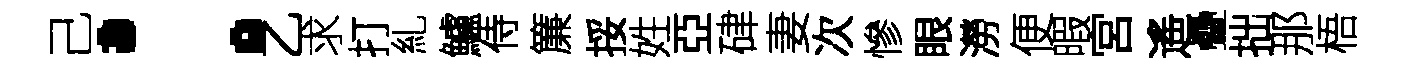
己：乙求打糺鱸侍簾挼姓亞硉妻次慘眼澇便暇宮遙疊拙那梧